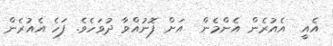
އެއީ  އެއުރެން އެންމެން  އަށް ފޮނުއްވާ ދުވަހެވެ. ފަހެ އެއުރެން